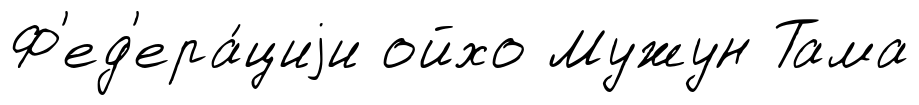
Ф'ед'ера́циjи ойхо Мужун Тама